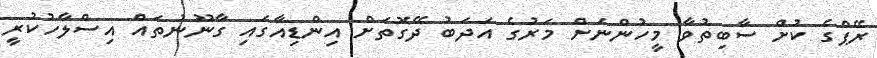
ރޭޕްގެ ކުށް ސާބިތުވާ މީހުންނަށް މަރުގެ އަދަބު ދޭގޮތަށް އިންޑިއާގައި ގާނޫނުތައް އިސްލާހުކުރީ